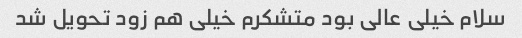
سلام خیلی عالی بود متشکرم خیلی هم زود تحویل شد